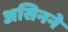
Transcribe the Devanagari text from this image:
असिनने